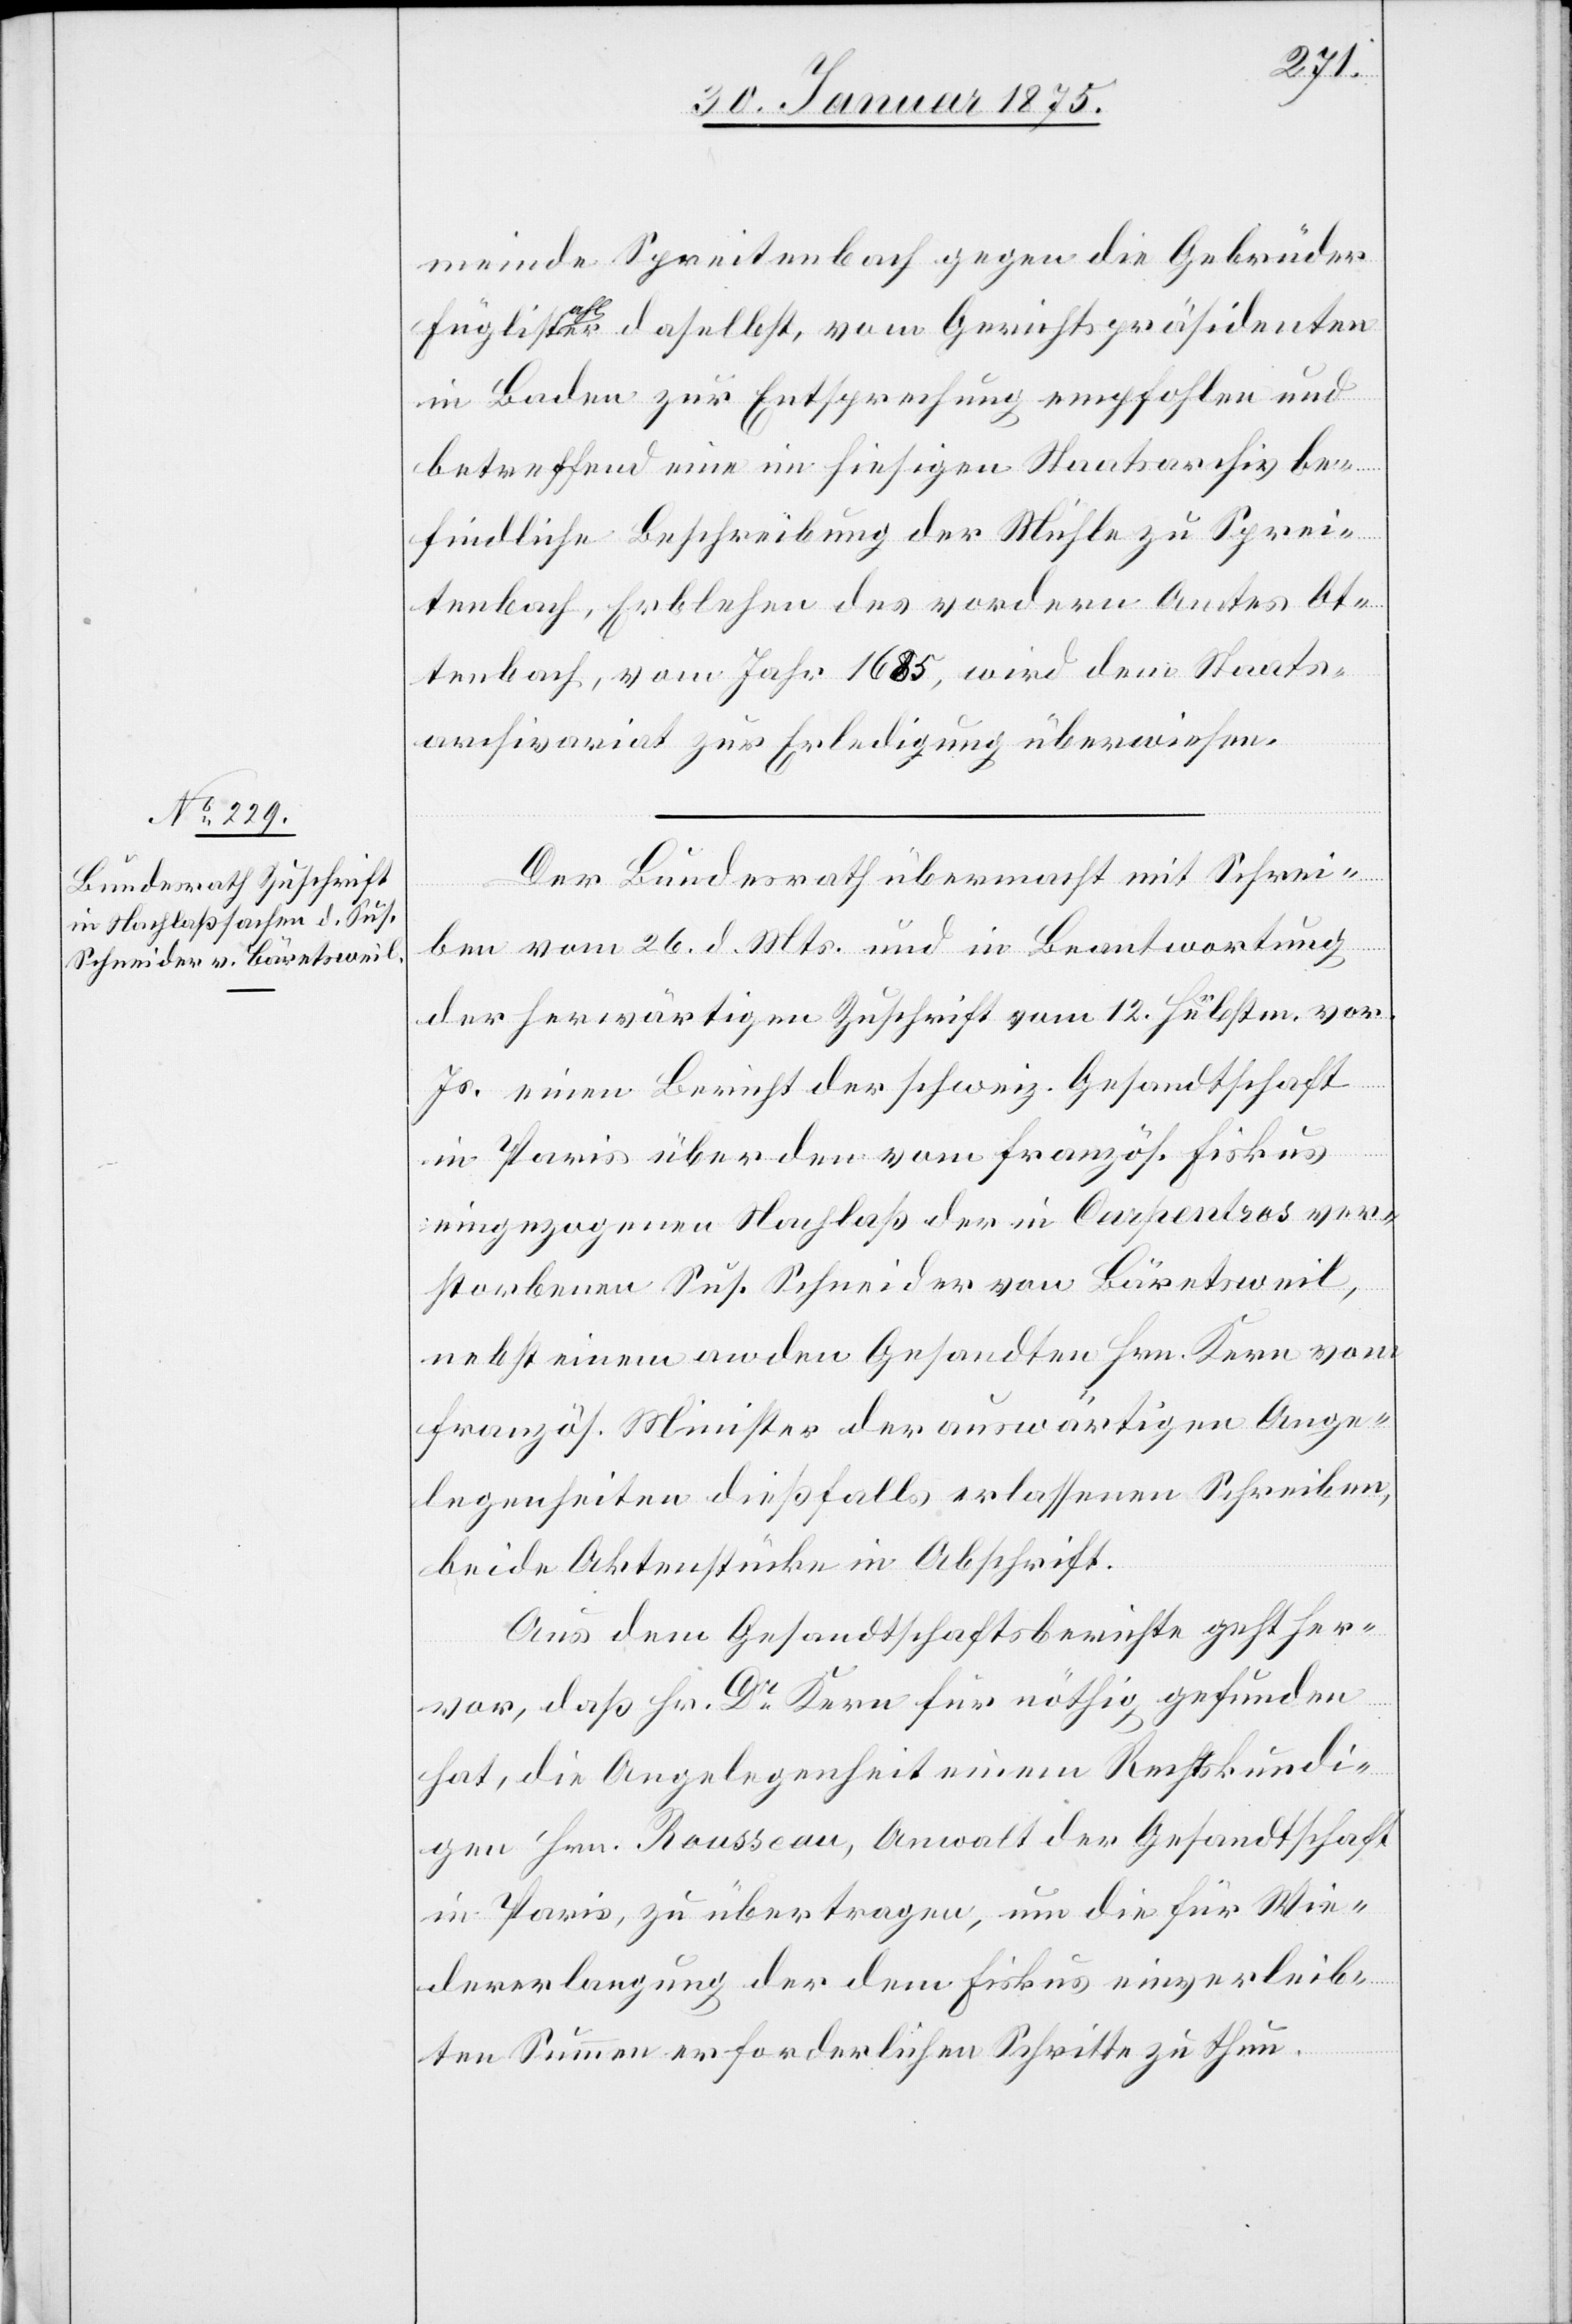
30. Januar 1875.]
meinde Spreitenbach gegen die Gebrüder
Füglistahler daselbst, vom Gerichtspräsidenten
in Baden zur Entsprechung empfohlen und
betreffend eine im hiesigen Staatsarchiv be¬
findliche Beschreibung der Mühle zu Sprei¬
tenbach, Erblehen des vordern Amtes Ot¬
tenbach, vom Jahr 1685, wird dem Staats¬
archivariat zur Erledigung überwiesen.
Der Bundesrath übermacht mit Schrei¬
ben vom 26. d. Mts. und in Beantwortung
der herwärtigen Zuschrift vom 12. Herbstm. vor.
Js. einen Bericht der schweiz. Gesandtschaft
in Paris über den vom französ. Fiskus
eingezogenen Nachlaß der in Carpentros ver¬
storbenen Sus. Schneider von Bäretsweil,
nebst einem an den Gesandten Hrn. Kern vom
französ. Minister der auswärtigen Ange¬
legenheiten dießfalls erlassenen Schreiben,
beide Aktenstücke in Abschrift.
Aus dem Gesandtschaftsberichte geht her¬
vor, daß Hr. Dr Kern für nöthig gefunden
hat, die Angelegenheit einem Rechtskundi¬
gen Hrn. Rousseau, Anwalt der Gesandtschaft
in Paris, zu übertragen, um die für Wie¬
dererlangung der dem Fiskus einverleib¬
ten Summen erforderlichen Schritte zu thun.